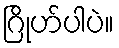
ဂြိုဟ်ပါပဲ။